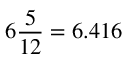
6 { \frac { 5 } { 1 2 } } = 6 . 4 1 6